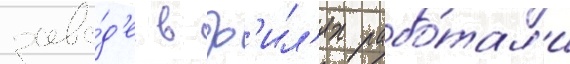
заво́д'е в ф'ил'ях рабо́тал'и